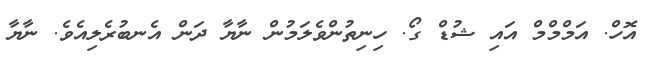
އޮހް. އަމްމްމް އައި ޝުޑް ގޯ. ހިނިތުންވެލަމުން ނާޔާ ދަން އެނބުރެލިއެވެ. ނާޔާ